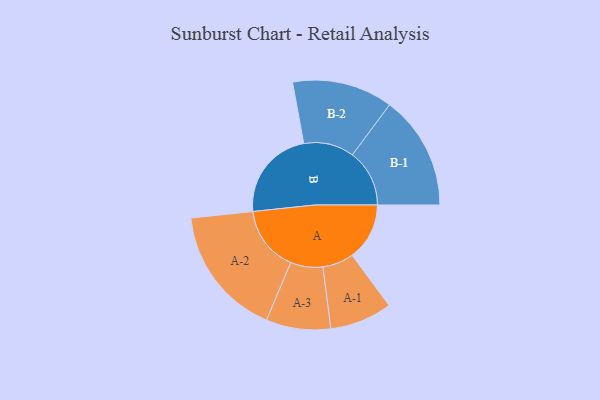
{"axis": {"x": "Segment", "y": "Value"}, "legend": ["", "A", "B"], "data": [{"x": "A", "y": 254, "type": ""}, {"x": "B", "y": 406, "type": ""}, {"x": "A-1", "y": 138, "type": "A"}, {"x": "A-2", "y": 290, "type": "A"}, {"x": "A-3", "y": 143, "type": "A"}, {"x": "B-1", "y": 253, "type": "B"}, {"x": "B-2", "y": 223, "type": "B"}]}